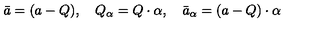
\bar { a } = ( a - Q ) , \quad Q _ { \alpha } = Q \cdot \alpha , \quad \bar { a } _ { \alpha } = ( a - Q ) \cdot \alpha